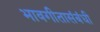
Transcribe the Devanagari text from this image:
भावगीतासंबंधी